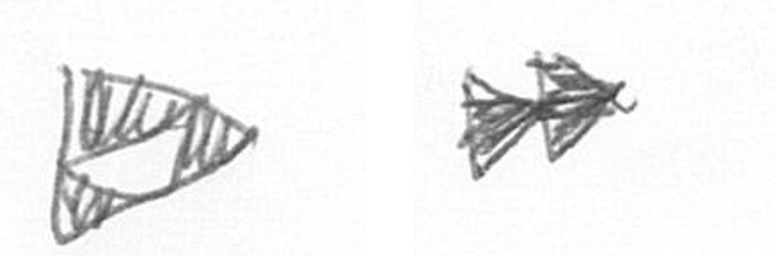
K A